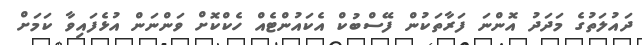
ދައުލަތުގެ މަދަދު އޮންނަ ފަރާތަކުން ފޭސްބުކް އެކައުންޓެއް ހެކްކޮށް ވަންނަން އުޅެފައިވާ ކަމަށް